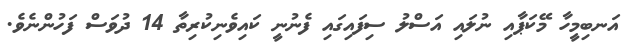
އަނބިމީހާ މޭކަޕާއި ނުލައި އަސްލު ސިފައިގައި ފެނުނީ ކައިވެނިކުރިތާ 14 ދުވަސް ފަހުންނެވެ.